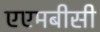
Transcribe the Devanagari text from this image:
एएमबीसी